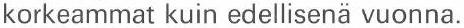
korkeammat kuin edellisenä vuonna.